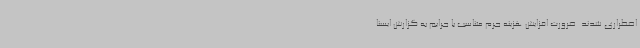
اضطراری شدند. ضرورت افزایش هزینه جرم متناسب با جرایم به گزارش ایسنا